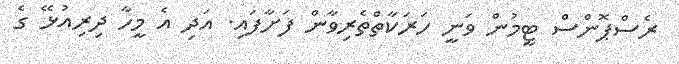
ރެސްޕޮންސް ޓީމުން ވަނީ ހަރަކާތްތެރިވާން ފަށާފައި. އަދި އެ މީހާ ދިރިއުޅޭ ގެ